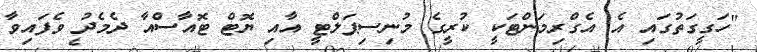
"ހަގީގަތުގައި އެ އެގްރިމަންޓަކީ ކުރީގެ މުނިސިޕަލްޓީ އާއި ޔޮޓް ޓޮއާސްއާ ދެމެދު ވެފައިވާ